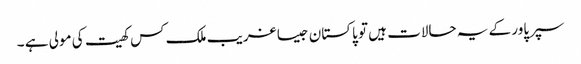
سپرپاور کے یہ حالات ہیں تو پاکستان جیسا غریب ملک کس کھیت کی مولی ہے ۔